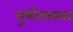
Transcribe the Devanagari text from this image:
सूर्यउपासना